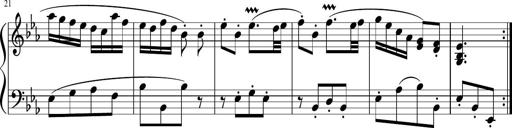
Title: 12 Keyboard Sonatinas
Composer: James Hook